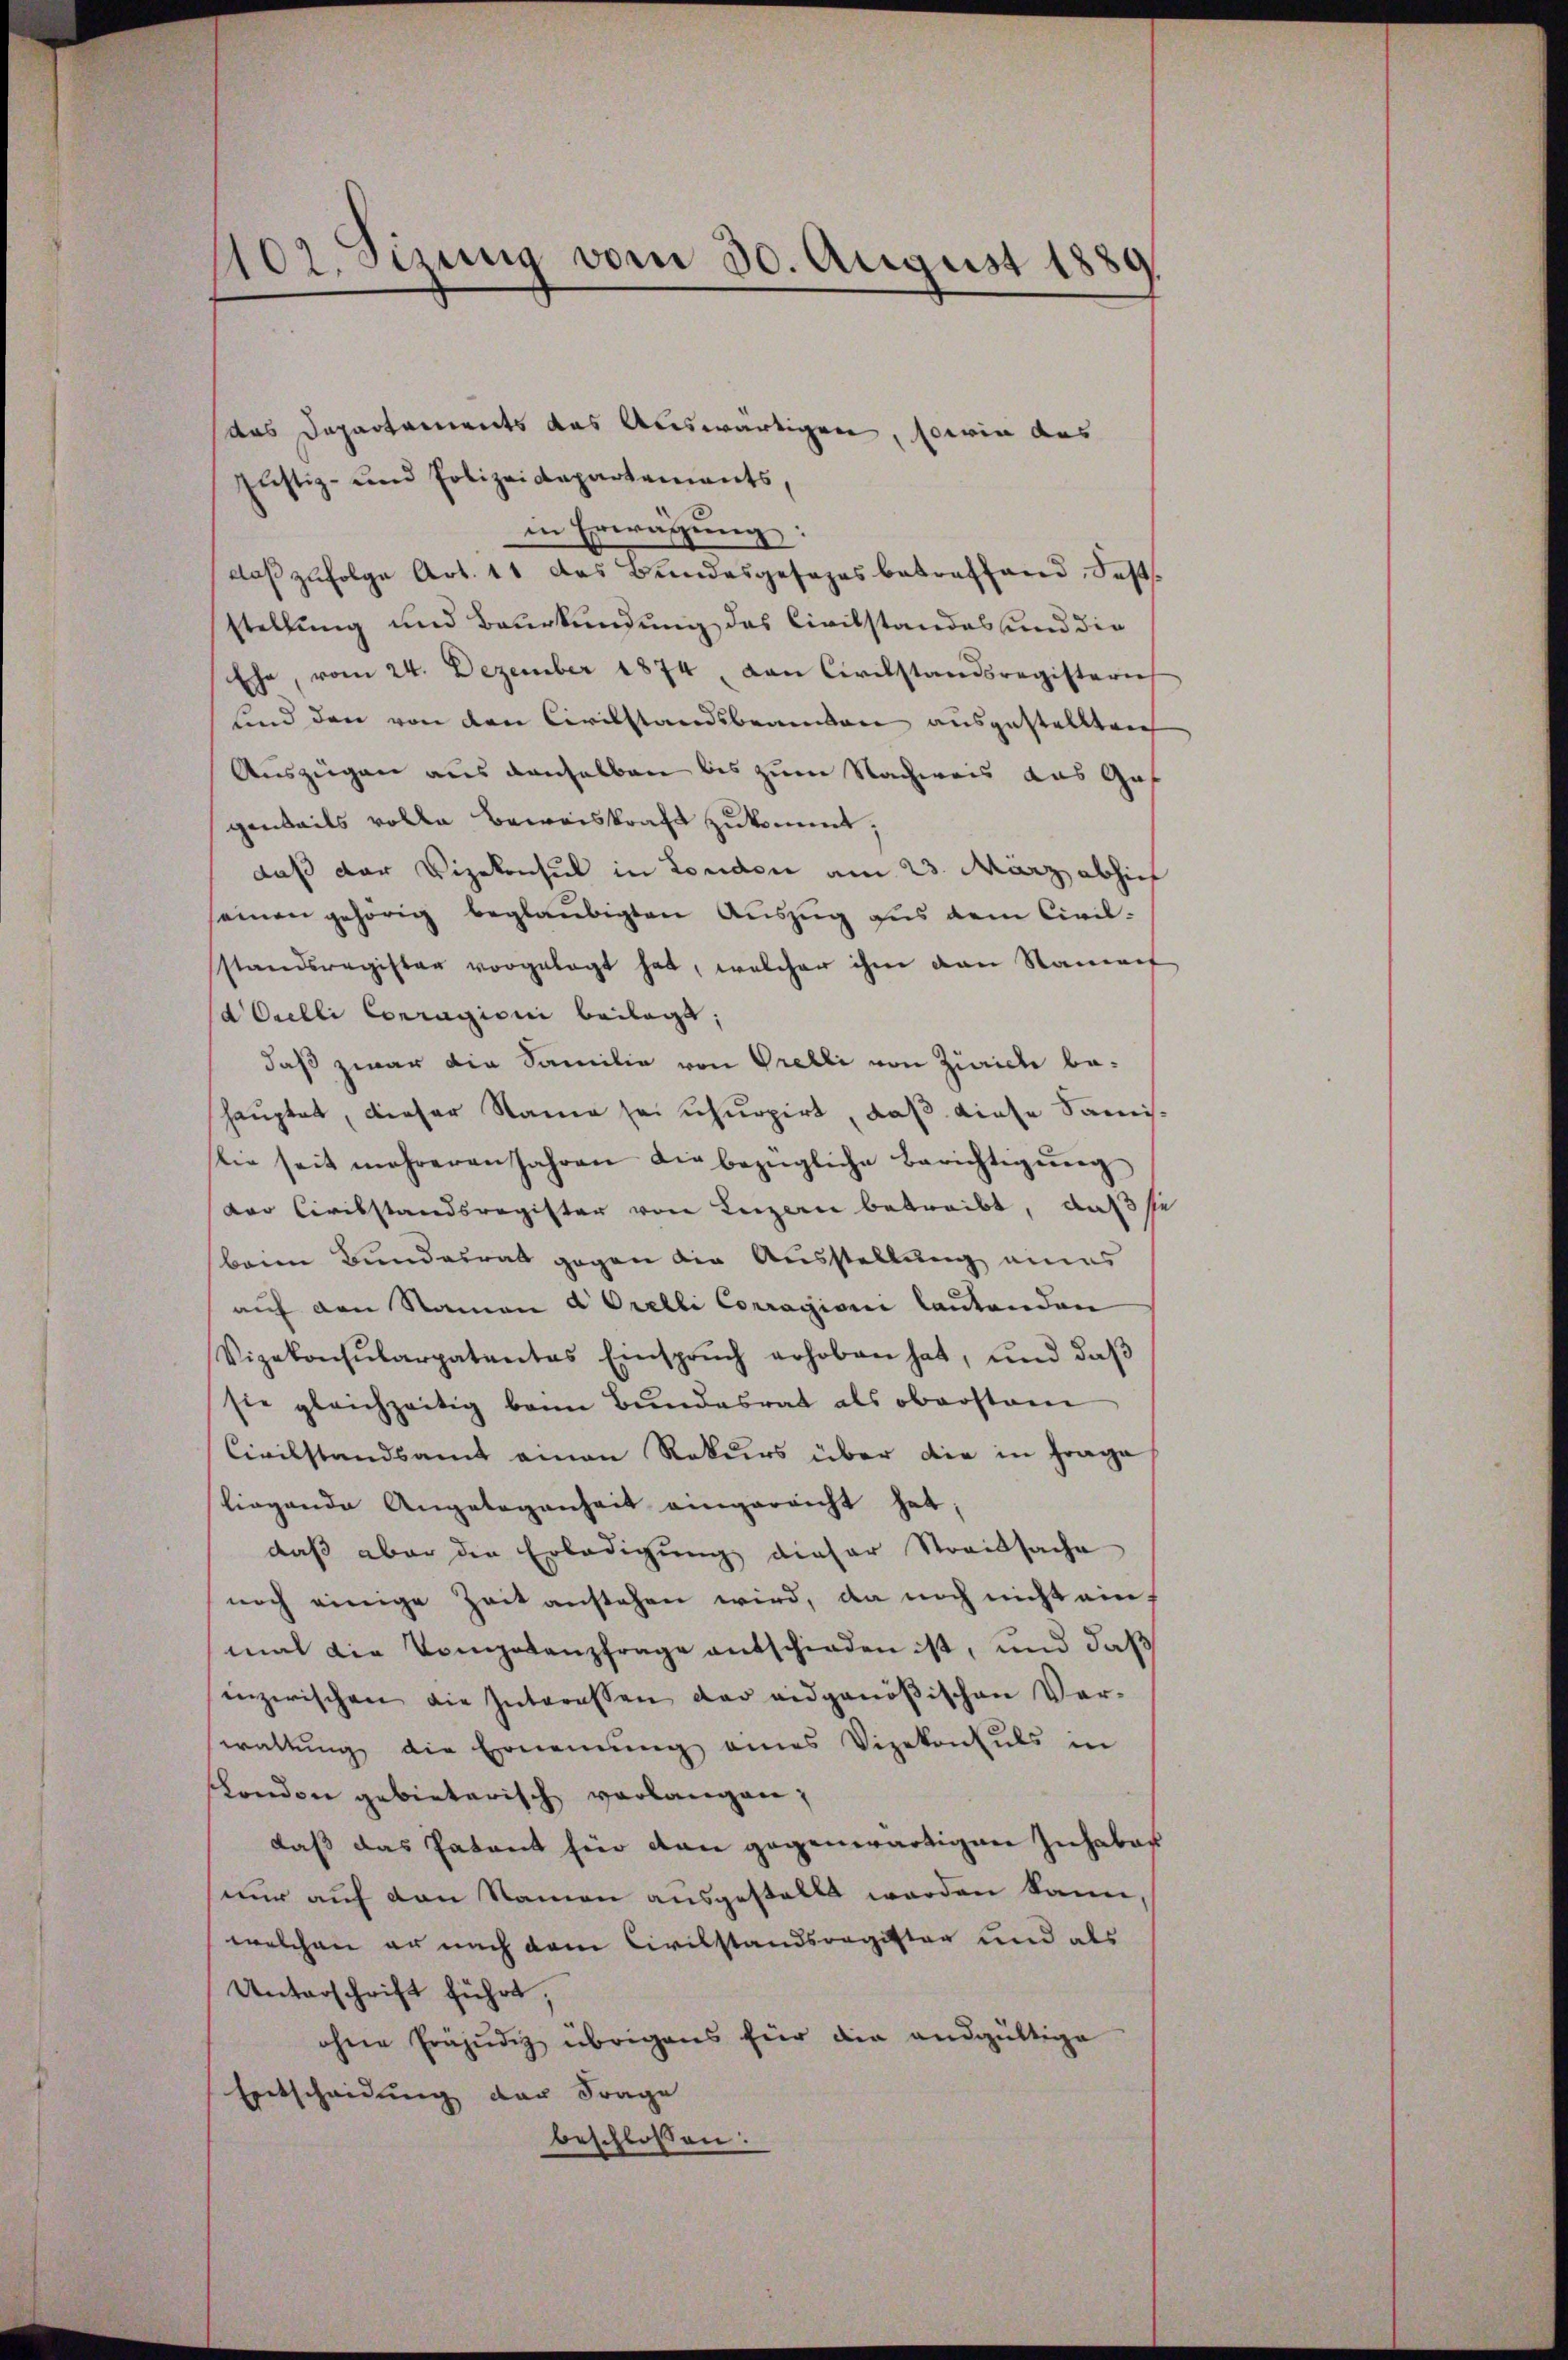
Justiz- und Polizeidepartements,
in Erwägung:
daß zufolge Art. 11 das Bundesgesezes betreffend Feststellung und Beurkundung des Civilstandes und die
Ehe, vom 24. Dezember 1874 an Civilstandsregisterie
und den von den Civilstandsbeamten ausgestellten
Auszügen aus denselben bis zum Nachweis aus Gef
genteils volle Beweiskraft zukommt;
daß der Vizekonsul in London am 23. März abhin
seinen gehörig beglaubigten Auszug aus dem Civil-
standsregister vorgelegt hat, welcher ihm dann Namef
dOrelli Conragion beilagt;
daß zwar die Familie von Prelli von Zürich behauptet, dieser Namen sei schuppirt, daß diese Samislie seit mehreren Jahren die bezügliche Berichtigŭng
der Civilstandsregister von Luzern betreibt, daß se
benen Bundesrat gegen die Ausstellung eines
auf den Namen d. Orelli Corragioni lautenden
Vizekonsŭlarpatentes Einsprŭch erhoben hat, und daβ
sie gleichzeitig beim Bundesrat als oberstan
Civilstandsamt einen Rekurs über die in Frage
liegende Angelegenheit eingereicht hat;
daβ aber die Erledigŭng dieser Streitsache
noch einige Zeit anstehen wird, da noch nicht einmal die Vompetenzfrage entschieden ist, und daß
inzerischen die Interessen der eidgenößischen Ver-
waltŭng die Ernennung eines Vizekonsuls in
London gebietarisch verlangen;
daß das Patent für den gegenwärtigen Inhaber
nur auf den Namen ausgestellt werden kann,
welchen er nach dem Civilstandsregister und als
Unterschrift führt,
ohne Präjudig übrigens für die andgültige
Entscheidung der Frage
beschlossen:

902. Sizung vom 30. August 1889.

das Departements das Auswärtigen, sowie das